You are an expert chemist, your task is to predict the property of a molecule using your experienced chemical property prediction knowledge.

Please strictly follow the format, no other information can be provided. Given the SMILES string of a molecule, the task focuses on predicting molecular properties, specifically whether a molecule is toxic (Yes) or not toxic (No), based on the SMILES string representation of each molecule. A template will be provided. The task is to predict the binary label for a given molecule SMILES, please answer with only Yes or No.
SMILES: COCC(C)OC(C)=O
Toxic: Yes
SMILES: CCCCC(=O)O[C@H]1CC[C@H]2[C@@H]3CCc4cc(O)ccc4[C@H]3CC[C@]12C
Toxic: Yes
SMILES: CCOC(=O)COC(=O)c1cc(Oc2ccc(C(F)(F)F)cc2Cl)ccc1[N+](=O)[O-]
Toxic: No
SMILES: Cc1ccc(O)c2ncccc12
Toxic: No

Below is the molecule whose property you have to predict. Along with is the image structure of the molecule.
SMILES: Nc1cccc(C(F)(F)F)c1
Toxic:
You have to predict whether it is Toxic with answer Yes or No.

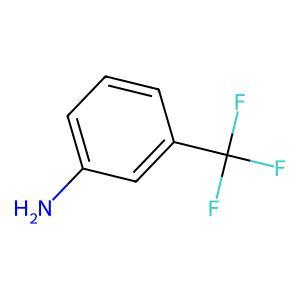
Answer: No